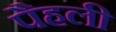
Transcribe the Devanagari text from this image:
पैहली